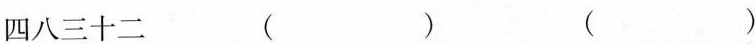
四八三十二（）（）